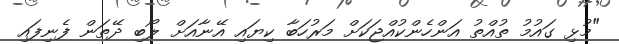
"މުޅި ގައުމު ތުއްތު އަންހެންކުއްޖަކަށް މަރުހަބާ ކިޔައި އޭނާއަށް ލޯބި ދޭތަން ފެނިފައި